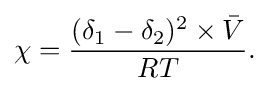
\chi ={\frac {{(\delta _{1}-\delta _{2}})^{2}\times {\bar {V}}}{RT}}.\